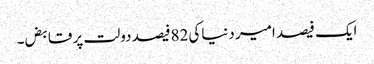
ایک فیصد امیر دنیاکی 82فیصد دولت پر قابض۔